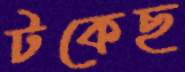
টকেছ